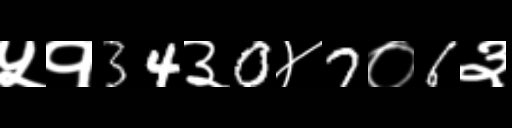
Text: ५१34३0४7०6३